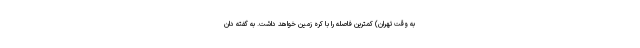
به وقت تهران) کمترین فاصله را با کره زمین خواهد داشت. به گفته دان